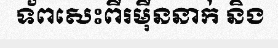
ទ័ពសេះពីរម៉ឺននាក់ និង